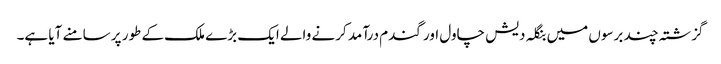
گزشتہ چند برسوں میں بنگلہ دیش چاول اور گندم درآمد کرنے والے ایک بڑے ملک کے طور پر سامنے آیا ہے۔